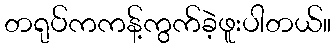
တရုပ်ကကန့်ကွက်ခဲ့ဖူးပါတယ်။